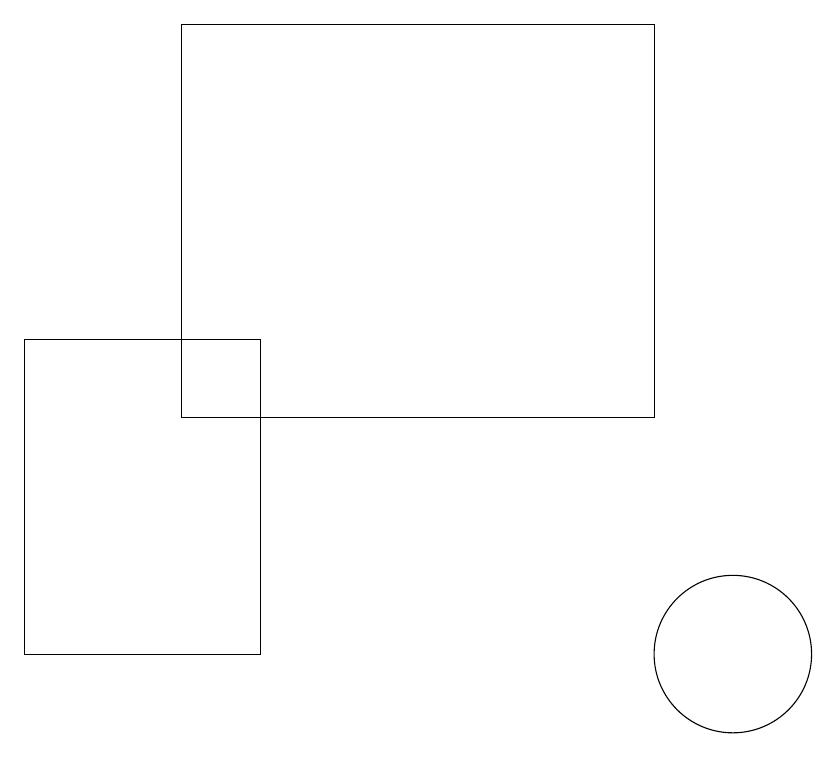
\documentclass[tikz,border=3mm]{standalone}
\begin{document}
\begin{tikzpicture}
\draw (1,14) rectangle (4,10);
\draw (9,13) rectangle (3,18);
\draw (10,10) circle (1);
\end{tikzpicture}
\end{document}